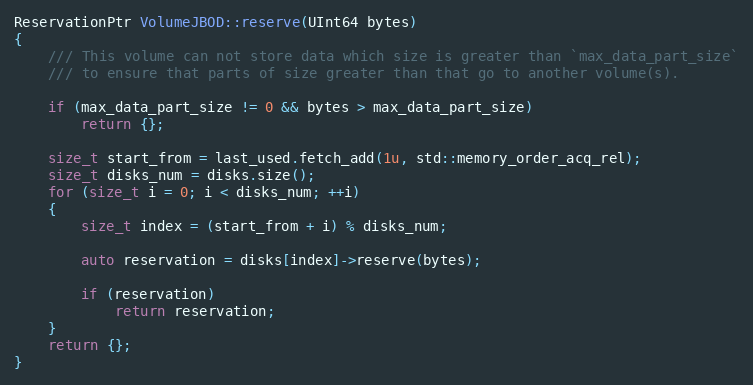
Language: C++
ReservationPtr VolumeJBOD::reserve(UInt64 bytes)
{
    /// This volume can not store data which size is greater than `max_data_part_size`
    /// to ensure that parts of size greater than that go to another volume(s).

    if (max_data_part_size != 0 && bytes > max_data_part_size)
        return {};

    size_t start_from = last_used.fetch_add(1u, std::memory_order_acq_rel);
    size_t disks_num = disks.size();
    for (size_t i = 0; i < disks_num; ++i)
    {
        size_t index = (start_from + i) % disks_num;

        auto reservation = disks[index]->reserve(bytes);

        if (reservation)
            return reservation;
    }
    return {};
}